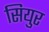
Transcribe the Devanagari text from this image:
सियुर